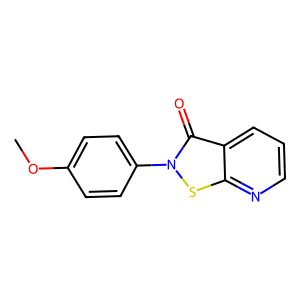
SMILES: COc1ccc(-n2sc3ncccc3c2=O)cc1
Inhibits HIV replication: Yes